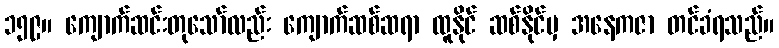
၁၅၉။ ကျောက်ဆင်းတုသော်လည်း ကျောက်ဆစ်ဆရာ ထူနိုင် ဆစ်နိုင်မှ အနေကဇာ တင်ခံရသည်။